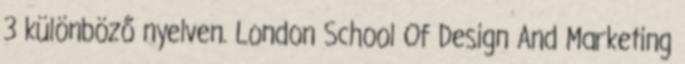
3 különböző nyelven. London School Of Design And Marketing